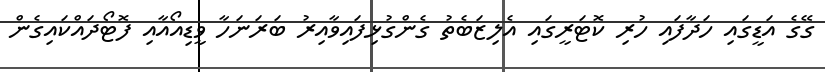
ގޭގެ އަޑީގައި ހަދާފައި ހުރި ކޮޓަރީގައި އެލިޒަބެތު ގެންގުޅިފައިވާއިރު ބަރަނަހާ ވީޑިއޯއާއި ފޮޓޯދައްކައިގެން